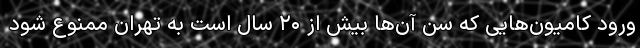
ورود کامیون‌هایی که سن‌ آن‌ها بیش از ۲۰ سال است به تهران ممنوع شود